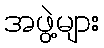
အဖွဲ့များ